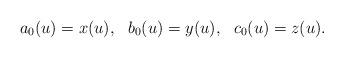
LaTeX: \begin{align*}a_0(u)=x(u),\ \ b_0(u)=y(u),\ \ c_0(u)=z(u).\end{align*}